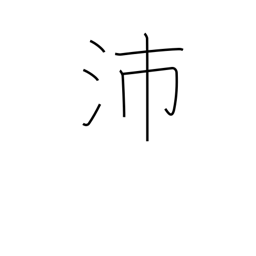
Meaning: big rain